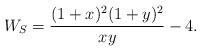
LaTeX: \begin{align*} W_S = \frac{(1+x)^2(1+y)^2}{xy}-4.\end{align*}